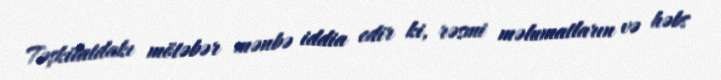
Təşkilatdakı mötəbər mənbə iddia edir ki, rəsmi məlumatların və həbs